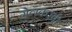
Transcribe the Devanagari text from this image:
गेलकरवी